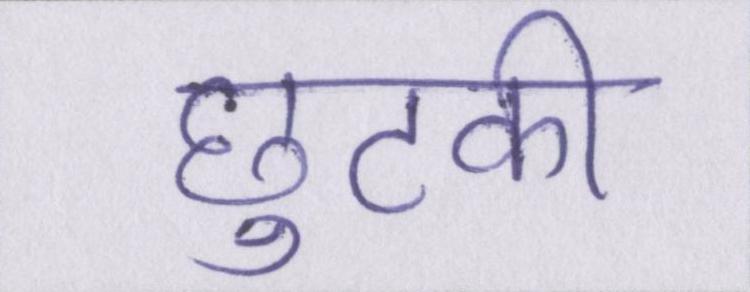
छुटकी